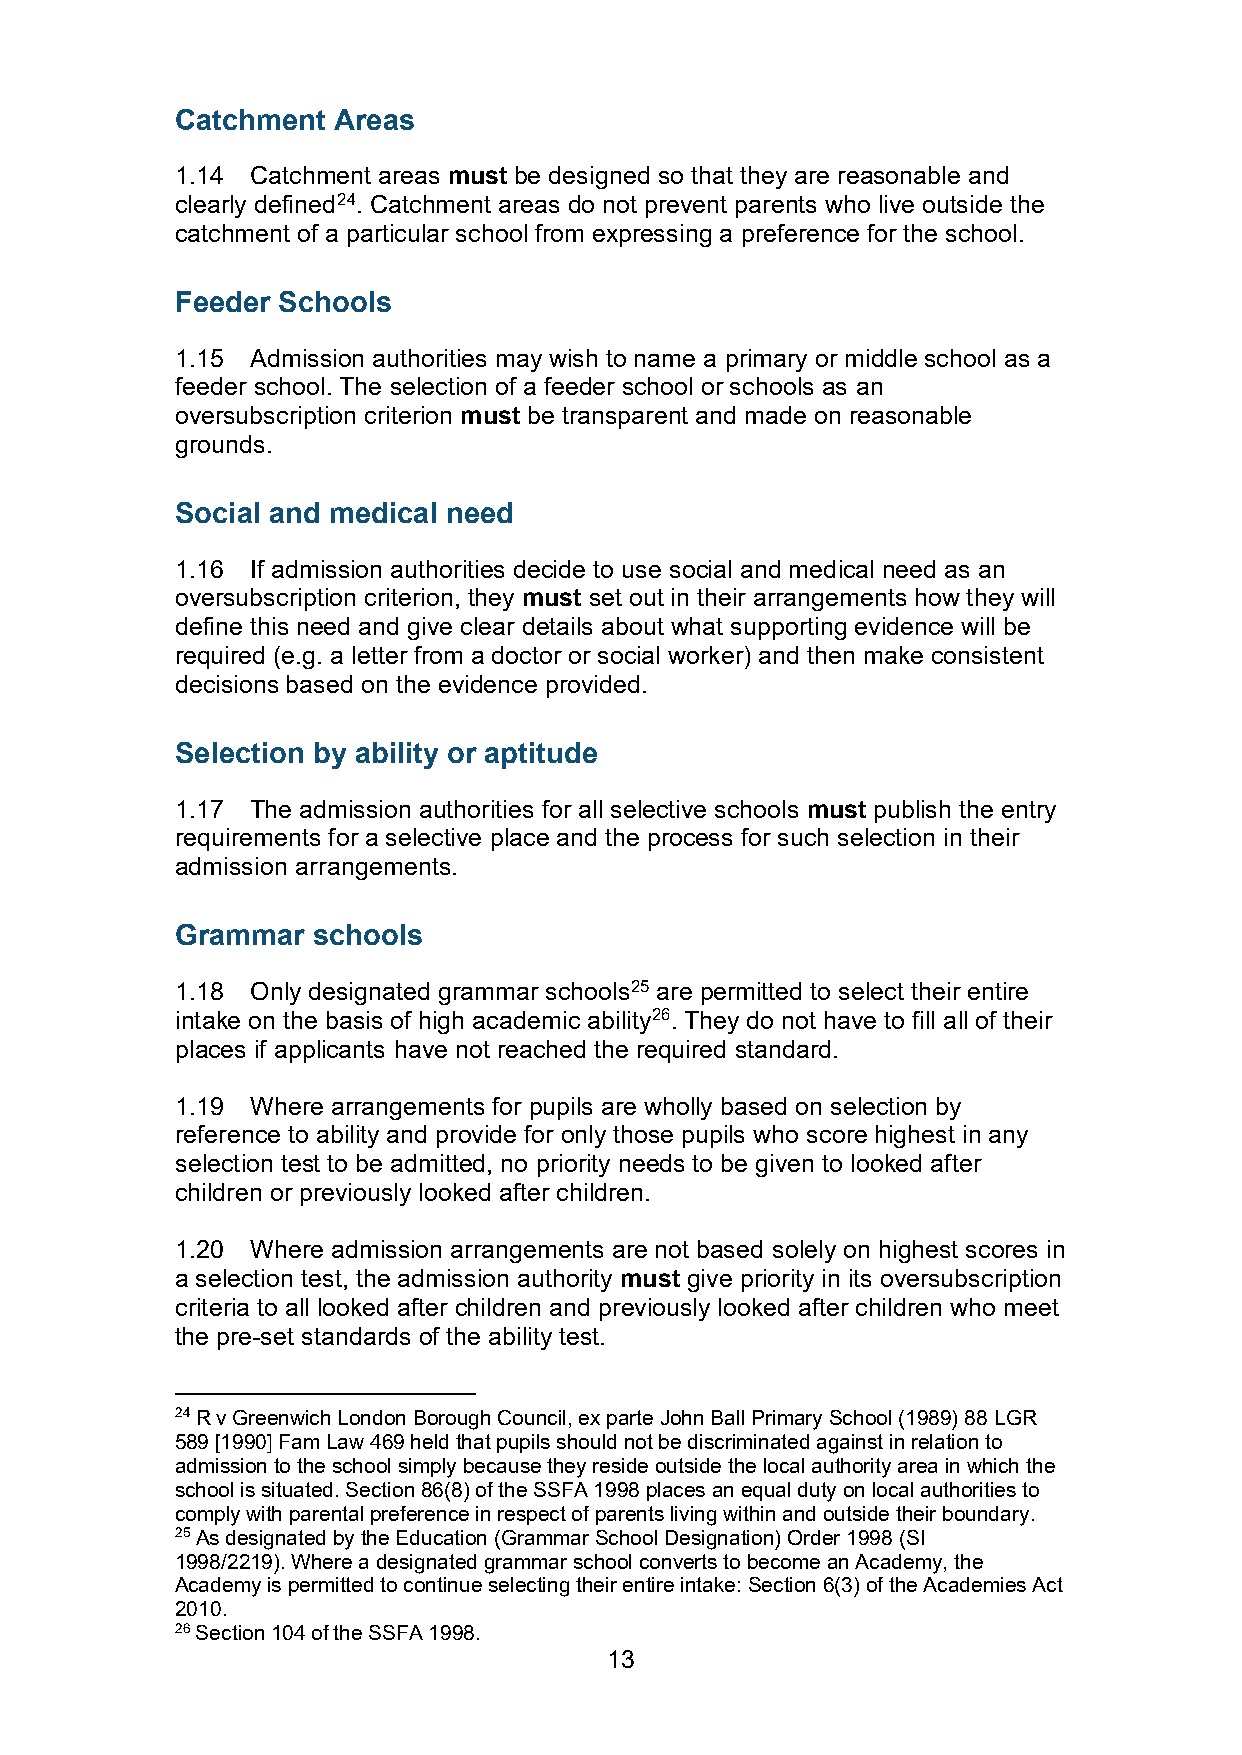
Catchment Areas
 1.14 Catchment areas must be designed so that they are reasonable and
 clearly defined24. Catchment areas do not prevent parents who live outside the
 catchment of a particular school from expressing a preference for the school.
 Feeder Schools
 1.15 Admission authorities may wish to name a primary or middle school as a
 feeder school. The selection of a feeder school or schools as an
 oversubscription criterion must be transparent and made on reasonable
 grounds.
 Social and medical need
 1.16 If admission authorities decide to use social and medical need as an
 oversubscription criterion, they must set out in their arrangements how they will
 define this need and give clear details about what supporting evidence will be
 required (e.g. a letter from a doctor or social worker) and then make consistent
 decisions based on the evidence provided.
 Selection by ability or aptitude
 1.17 The admission authorities for all selective schools must publish the entry
 requirements for a selective place and the process for such selection in their
 admission arrangements.
 Grammar  schools
 1.18 Only designated grammar schools25 are permitted to select their entire
 intake on the basis of high academic ability26. They do not have to fill all of their
 places if applicants have not reached the required standard.
 1.19 Where arrangements for pupils are wholly based on selection by
 reference to ability and provide for only those pupils who score highest in any
 selection test to be admitted, no priority needs to be given to looked after
 children or previously looked after children.
 1.20 Where admission arrangements are not based solely on highest scores in
 a selection test, the admission authority must give priority in its oversubscription
 criteria to all looked after children and previously looked after children who meet
 the pre-set standards of the ability test.
 24 R v Greenwich London Borough Council, ex parte John Ball Primary School (1989) 88 LGR
 589 [1990] Fam Law 469 held that pupils should not be discriminated against in relation to
 admission to the school simply because they reside outside the local authority area in which the
 school is situated. Section 86(8) of the SSFA 1998 places an equal duty on local authorities to
 comply with parental preference in respect of parents living within and outside their boundary.
 25 As designated by the Education (Grammar School Designation) Order 1998 (SI
 1998/2219). Where a designated grammar school converts to become an Academy, the
 Academy is permitted to continue selecting their entire intake: Section 6(3) of the Academies Act
 2010.
 26 Section 104 of the SSFA 1998.
 13